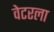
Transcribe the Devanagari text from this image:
वेटरला